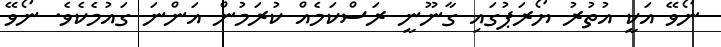
ނޯވޭ އަކީ އުތުރު ޔޯރަޕުގައި ގާނޫނީ ރަސްކަމެއް ކުރަމުން އަންނަ ގައުމެކެވެ. ނޯވޭ